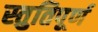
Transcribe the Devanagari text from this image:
स्तुतिपूर्ण